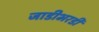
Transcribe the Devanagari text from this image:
जाडीभरडी